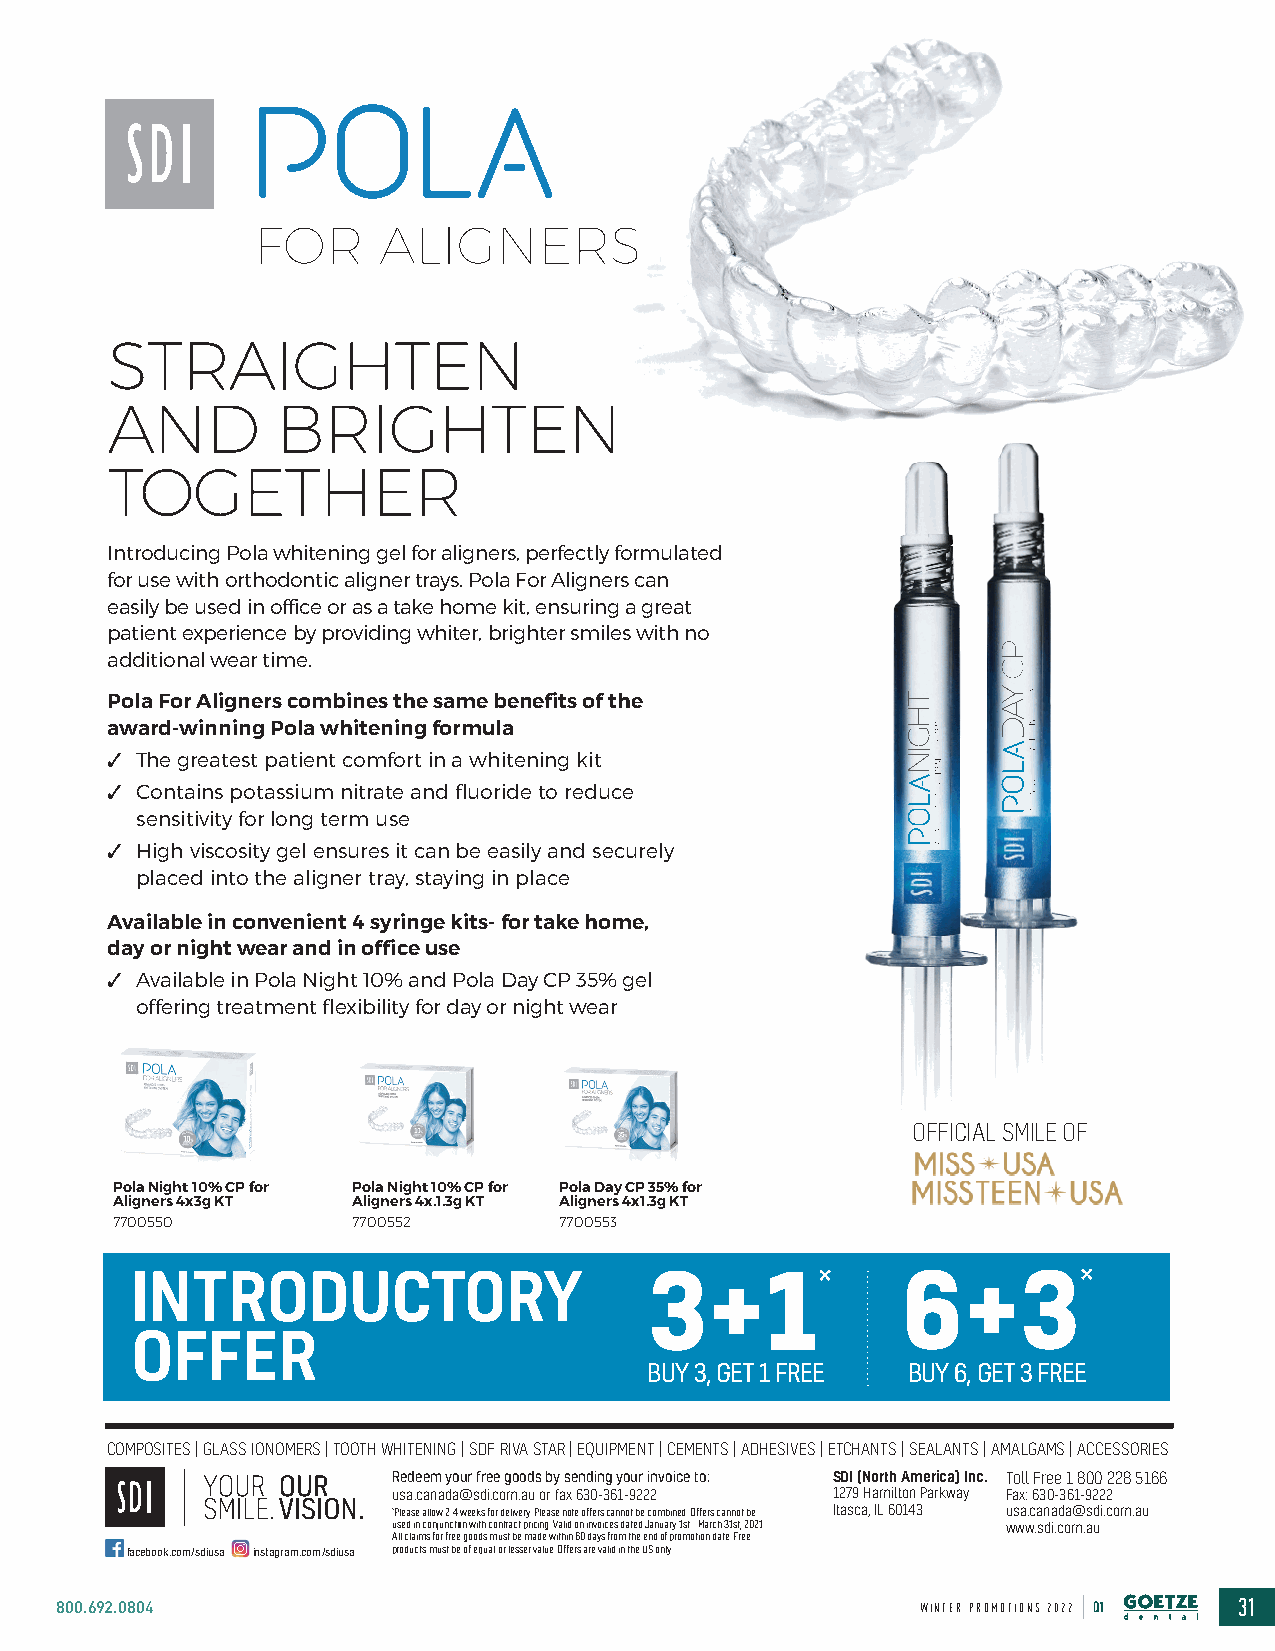
FOR     ALIGNERS
 STRAIGHTEN
 AND         BRIGHTEN
 TOGETHER
 Introducing Pola whitening gel for aligners, perfectly formulated
 for use with orthodontic aligner trays. Pola For Aligners can
 easily be used in office or as a take home kit, ensuring a great
 patient experience by providing whiter, brighter smiles with no
 additional wear time.
 Pola For Aligners combines the same benefits of the
 award-winning Pola whitening formula
 ✓ The greatest patient comfort in a whitening kit
 ✓ Contains potassium nitrate and fluoride to reduce
 sensitivity for long term use
 ✓ High viscosity gel ensures it can be easily and securely
 placed into the aligner tray, staying in place
 Available in convenient 4 syringe kits- for take home,
 day or night wear and in office use
 ✓ Available in Pola Night 10% and Pola Day CP 35% gel
 offering treatment flexibility for day or night wear
 OFFICIAL SMILE OF
 Pola Night 10% CP for Pola Night 10% CP for Pola Day CP 35% for
 Aligners 4x3g KT Aligners 4x.1.3g KT Aligners 4x1.3g KT
 7700550         7700552      7700553
 INTRODUCTORY                      3+1*             6+3*
 OFFER
 BUY 3, GET 1 FREE BUY 6, GET 3 FREE
 COMPOSITES | GLASS IONOMERS | TOOTH WHITENING | SDF RIVA STAR | EQUIPMENT | CEMENTS | ADHESIVES | ETCHANTS | SEALANTS | AMALGAMS | ACCESSORIES
 Redeem your free goods by sending your invoice to: SDI (North America) Inc. Toll Free 1 800 228 5166
 usa.canada@sdi.com.au or fax 630-361-9222 1279 Hamilton Parkway Fax: 630-361-9222
 *Please allow 2-4 weeks for delivery. Please note offers cannot be combined. Offers cannot be Itasca, IL 60143 usa.canada@sdi.com.au
 used in conjunction with contract pricing. Valid on invoices dated January 1st - March 31st, 2021. www.sdi.com.au
 All claims for free goods must be made within 60 days from the end of promotion date. Free
 facebook.com/sdiusa instagram.com/sdiusa products must be of equal or lesser value. Offers are valid in the US only.
 800.692.0804                                             WINTER PROMOTIONS 2022 Q1 31